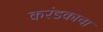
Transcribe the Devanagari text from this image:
करंडकाचा